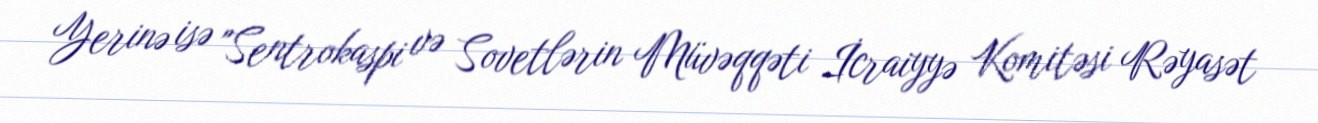
Yerinə isə "Sentrokaspi və Sovetlərin Müvəqqəti İcraiyyə Komitəsi Rəyasət